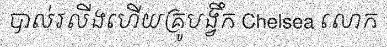
បាល់រលីងហើយគ្រូបង្វឹក Chelsea លោក